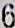
6